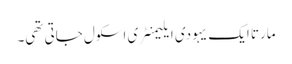
مارتا ایک یہودی ایلیمنٹری اسکول جاتی تھی۔